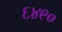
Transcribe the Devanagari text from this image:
६४९०